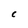
Character: C